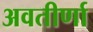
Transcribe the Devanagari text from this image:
अवतीर्णा